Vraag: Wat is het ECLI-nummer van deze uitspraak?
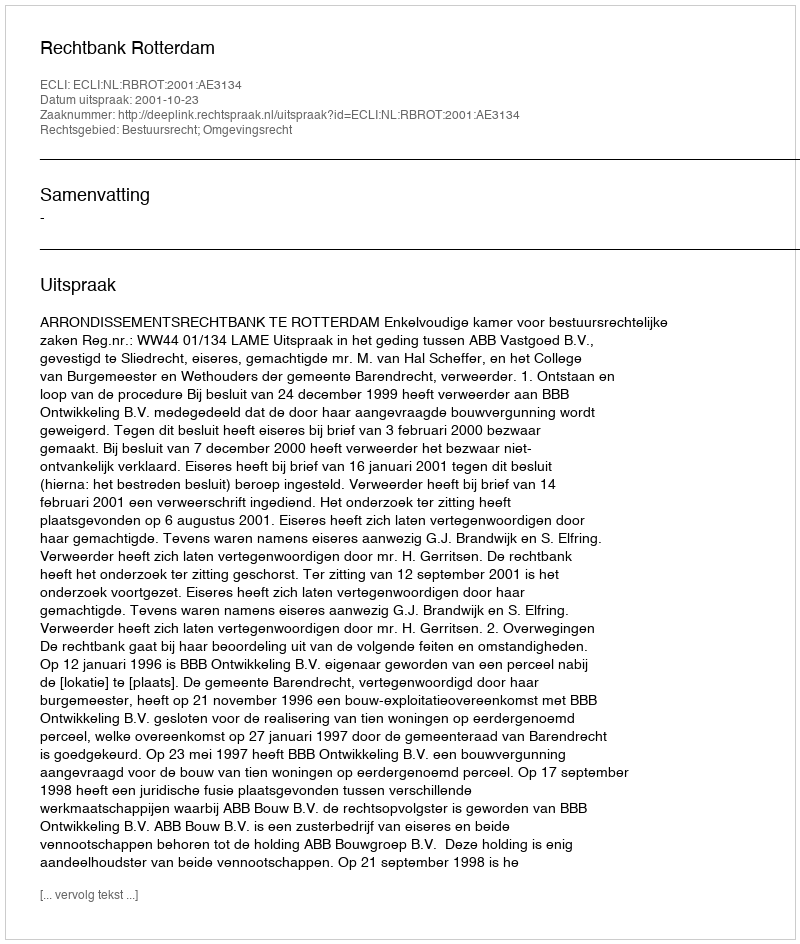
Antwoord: ECLI:NL:RBROT:2001:AE3134